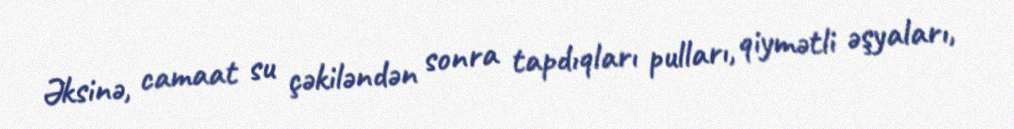
Əksinə, camaat su çəkiləndən sonra tapdıqları pulları, qiymətli əşyaları,